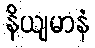
နိယျမာနံ